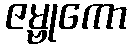
ဇမ္ဗုကော